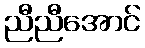
ညီညီအောင်